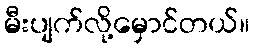
မီးပျက်လို့မှောင်တယ်။